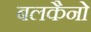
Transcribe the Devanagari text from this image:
बलकैनो